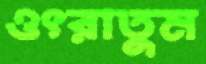
ওৎরাতুম